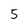
Character: 5